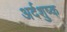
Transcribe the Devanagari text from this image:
अर्दशुष्क